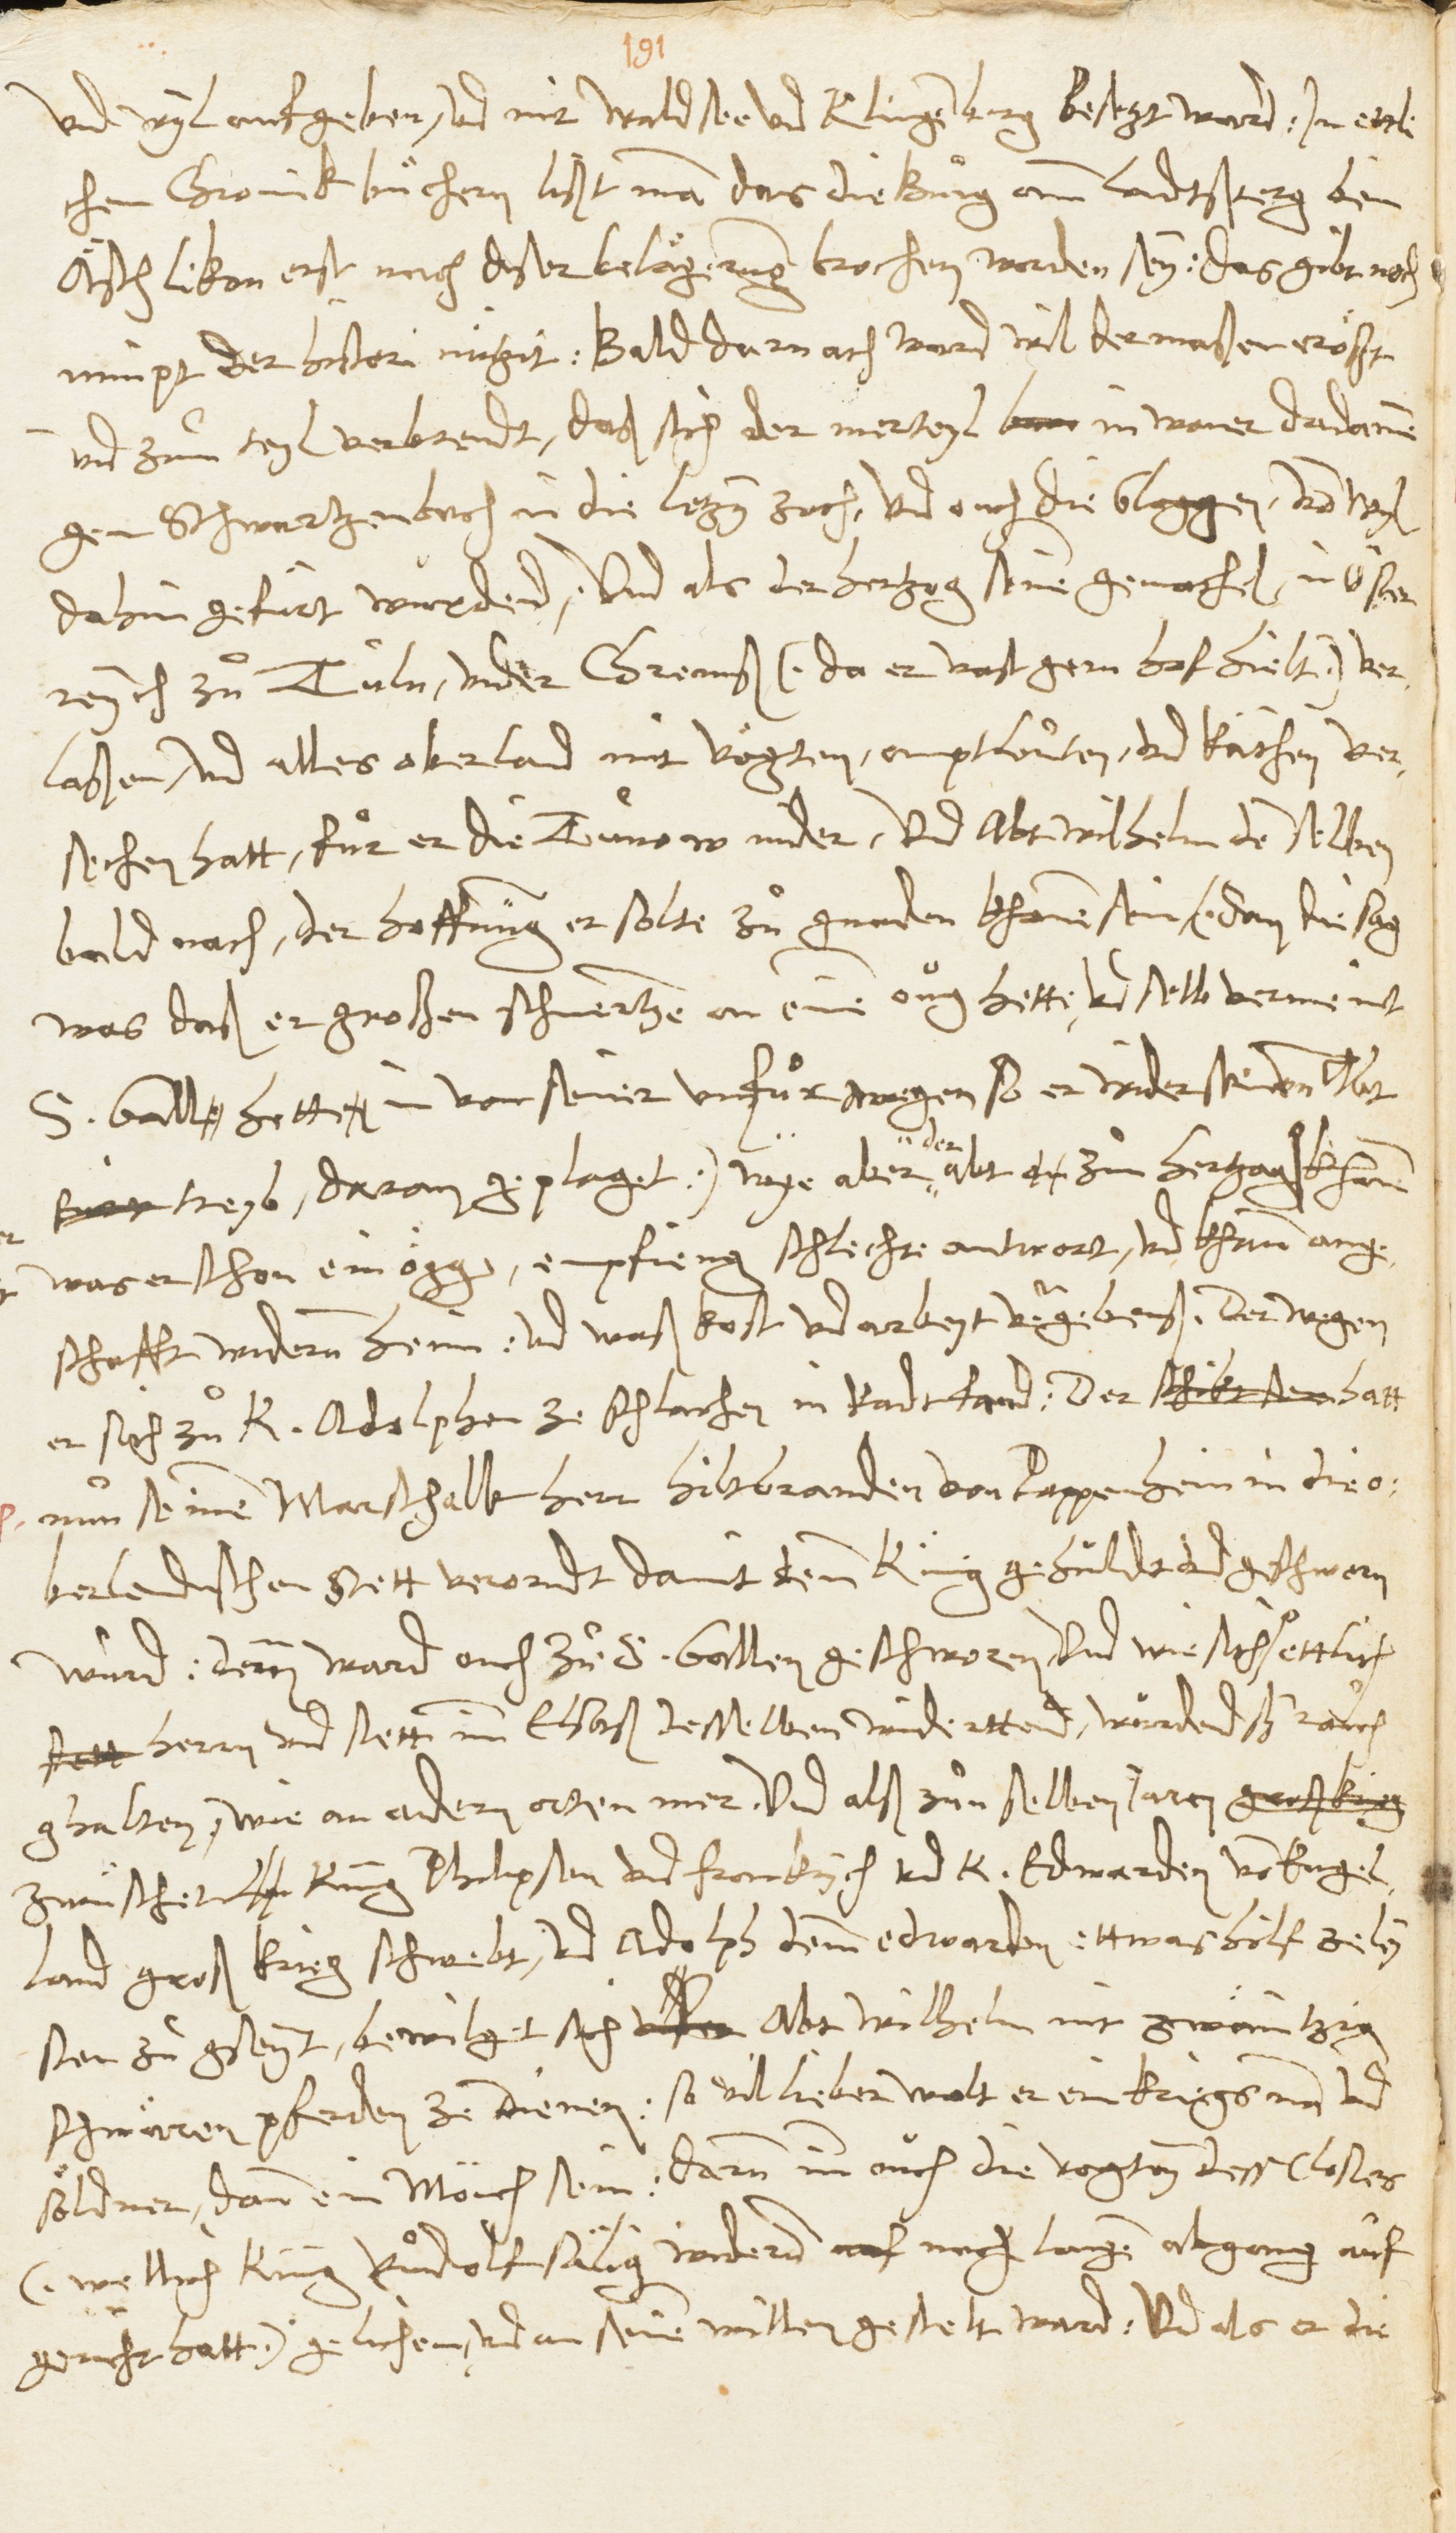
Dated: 1545–1546